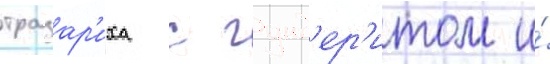
тразар'иха с гунд'ер'итом и́